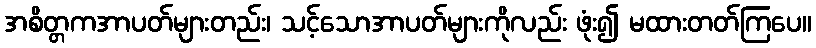
အစိတ္တကအာပတ်များတည်း၊ သင့်သောအာပတ်များကိုလည်း ဖုံး၍ မထားတတ်ကြပေ။